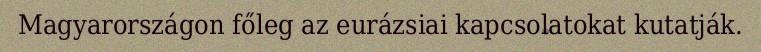
Magyarországon főleg az eurázsiai kapcsolatokat kutatják.